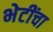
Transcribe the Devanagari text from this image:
भेटींचा